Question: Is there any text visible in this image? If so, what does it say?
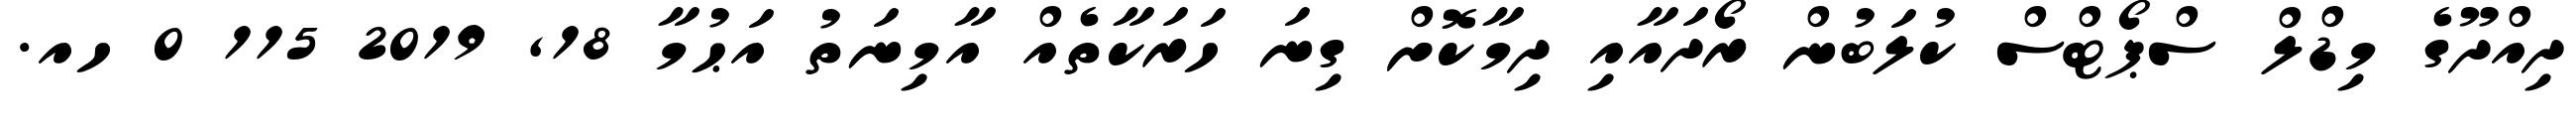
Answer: ދިއްދޫގެ މިޑްލް ސްޕޯޓްސް ކުލަބުން ރޯދައާއި ދިމާކޮށް ގިނަ ހަރަކާތެއް އާމިނަތު އަޙުމާ 18, 2019 115 0 ހއ.